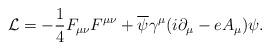
LaTeX: \begin{align*}{\cal L} = -{1\over 4} F_{\mu\nu}F^{\mu\nu} + {\overline {\psi}}\gamma^{\mu}(i\partial_{\mu} - e A_{\mu})\psi.\end{align*}